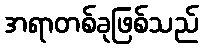
အရာတစ်ခုဖြစ်သည်